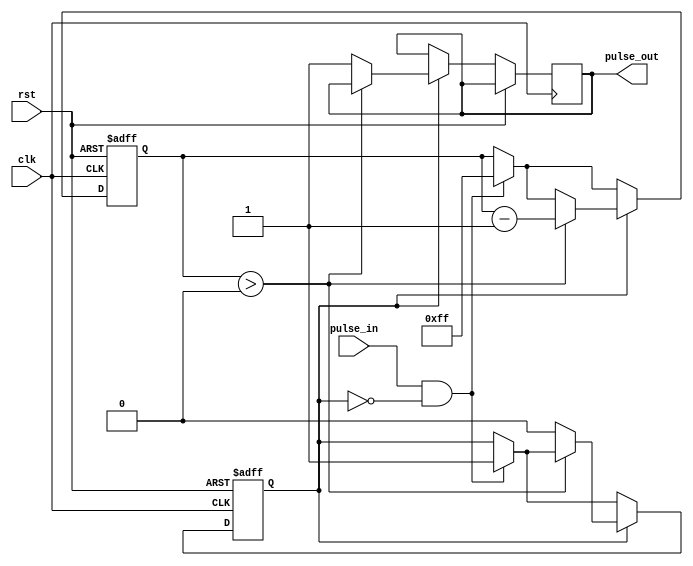
module pulse_synchronizer(
    input wire clk,
    input wire rst,
    input wire pulse_in,
    output reg pulse_out
);

reg [7:0] counter;
reg sync_flag;
reg error_flag;

always @(posedge clk or posedge rst) begin
    if(rst) begin
        counter <= 8'b0;
        sync_flag <= 1'b0;
        error_flag <= 1'b0;
    end else begin
        if(pulse_in && !sync_flag) begin
            counter <= 8'b11111111;
            sync_flag <= 1'b1;
        end
        
        if(sync_flag) begin
            if(counter > 0) begin
                counter <= counter - 1;
            end else begin
                pulse_out <= 1'b1;
                sync_flag <= 1'b0;
            end
        end
    end
    
    if(error_flag) begin
        // Error detection and correction logic
        // Your code for error detection and correction here
    end
end

endmodule